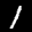
Label: 1